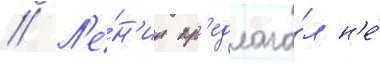
// Л'е́н'ин пр'едлага́л н'е́